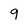
Character: 9